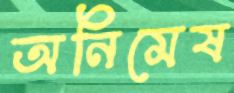
অনিমেষ